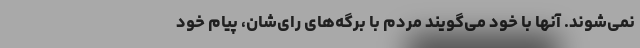
نمی‌شوند. آنها با خود می‌گویند مردم با برگه‌های رای‌شان، پیام خود